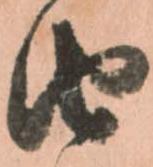
由